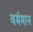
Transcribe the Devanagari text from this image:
वर्ममान